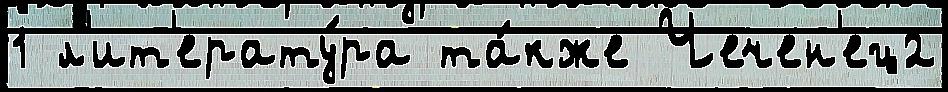
1 л'ит'ерату́ра та́кже Чечен'ец2